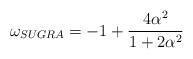
LaTeX: \begin{align*}\omega_{SUGRA}=-1+\frac{4\alpha^2}{1+2\alpha^2}\end{align*}